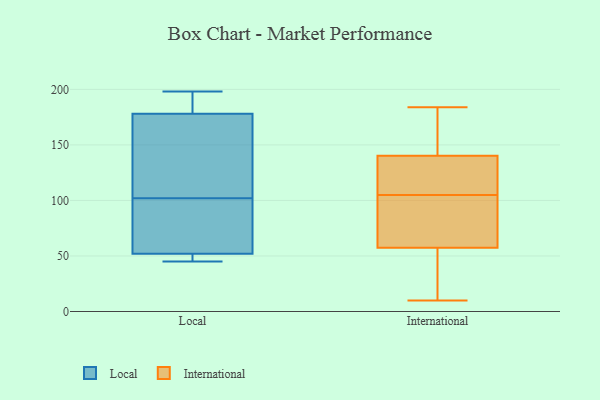
{"axis": {"x": "Production Output", "y": "Value"}, "legend": ["International", "Local"], "data": [{"x": "", "y": 150, "type": "Local"}, {"x": "", "y": 45, "type": "Local"}, {"x": "", "y": 198, "type": "Local"}, {"x": "", "y": 88, "type": "Local"}, {"x": "", "y": 52, "type": "Local"}, {"x": "", "y": 52, "type": "Local"}, {"x": "", "y": 178, "type": "Local"}, {"x": "", "y": 88, "type": "Local"}, {"x": "", "y": 182, "type": "Local"}, {"x": "", "y": 116, "type": "Local"}, {"x": "", "y": 138, "type": "International"}, {"x": "", "y": 10, "type": "International"}, {"x": "", "y": 105, "type": "International"}, {"x": "", "y": 168, "type": "International"}, {"x": "", "y": 110, "type": "International"}, {"x": "", "y": 56, "type": "International"}, {"x": "", "y": 89, "type": "International"}, {"x": "", "y": 179, "type": "International"}, {"x": "", "y": 141, "type": "International"}, {"x": "", "y": 54, "type": "International"}, {"x": "", "y": 47, "type": "International"}, {"x": "", "y": 42, "type": "International"}, {"x": "", "y": 176, "type": "International"}, {"x": "", "y": 119, "type": "International"}, {"x": "", "y": 94, "type": "International"}, {"x": "", "y": 184, "type": "International"}, {"x": "", "y": 120, "type": "International"}, {"x": "", "y": 80, "type": "International"}, {"x": "", "y": 62, "type": "International"}]}